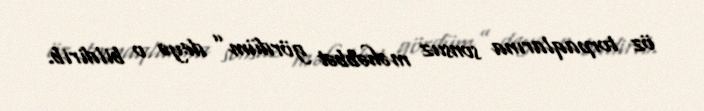
öz torpaqlarına sonsuz məhəbbət gördüm” deyə o bildirib.